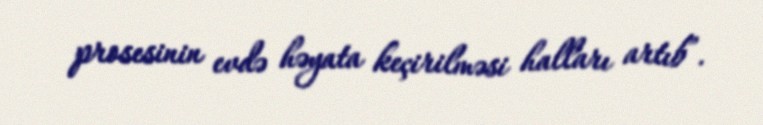
prosesinin evdə həyata keçirilməsi halları artıb”.